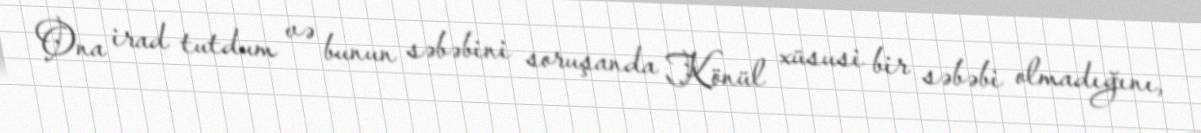
Ona irad tutdum və bunun səbəbini soruşanda Könül xüsusi bir səbəbi olmadığını,